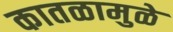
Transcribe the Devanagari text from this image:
कातळामुळे